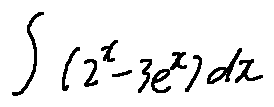
\int ( 2 ^ { x } - 3 e ^ { x } ) d x